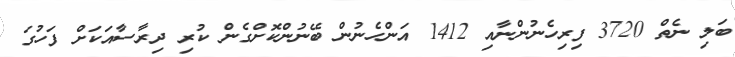
ބަލި ނެތް 3720 ފިރިހެނުންނާއި 1412 އަންހެނުން ބޭނުންކޮށްގެން ކުރި ދިރާސާއަކަށް ފަހުގަ